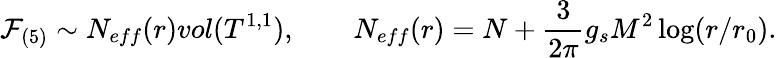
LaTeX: \mathcal{F}_{(5)}\sim N_{eff}(r)vol(T^{1,1}),\qquad N_{eff}(r)=N+{\frac{3}{2\pi}}g_{s}M^{2}\log(r/r_{0}).